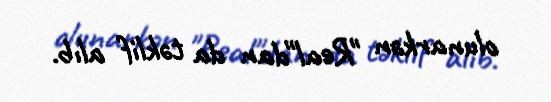
olunarkən "Real"dan da təklif alıb.